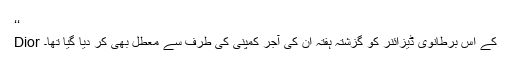
‘‘
Dior کے اس برطانوی ڈیزائنر کو گزشتہ ہفتہ ان کی آجر کمپنی کی طرف سے معطل بھی کر دیا گیا تھا۔